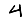
Digit: 4